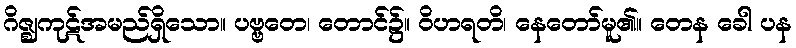
ဂိဇ္ဈကုဋ်အမည်ရှိသော။ ပဗ္ဗတေ၊ တောင်၌။ ဝိဟရတိ၊ နေတော်မူ၏။ တေန ခေါ ပန